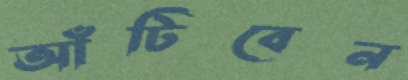
আঁটিবেন